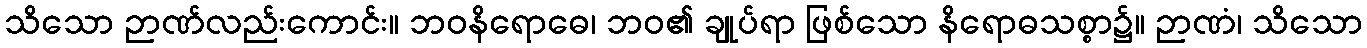
သိသော ဉာဏ်လည်းကောင်း။ ဘဝနိရောဓေ၊ ဘဝ၏ ချုပ်ရာ ဖြစ်သော နိရောဓသစ္စာ၌။ ဉာဏံ၊ သိသော